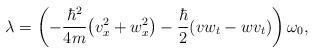
LaTeX: \begin{align*} \lambda=\left(-\frac{\hbar^2}{4m}\big(v_x^2+w_x^2\big)-\frac{\hbar}{2}(vw_t-wv_t)\right)\omega_0,\end{align*}